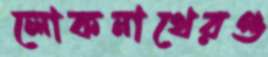
লোকনাথেরগু